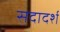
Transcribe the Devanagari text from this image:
सदादर्श